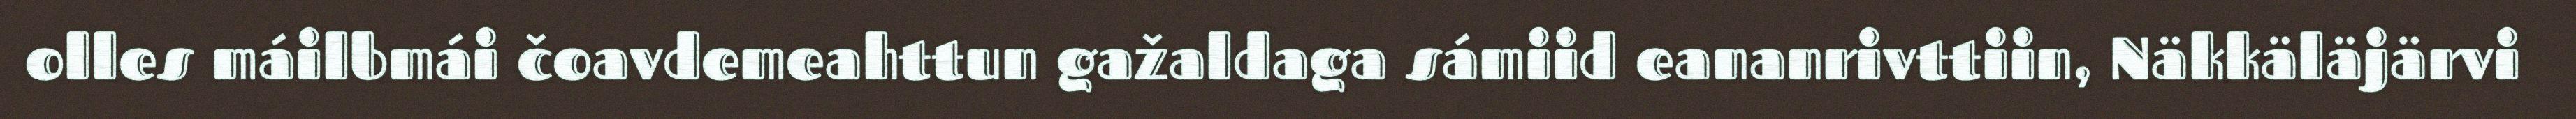
olles máilbmái čoavdemeahttun gažaldaga sámiid eananrivttiin, Näkkäläjärvi